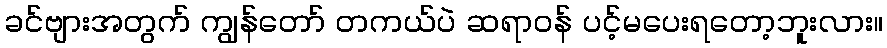
ခင်ဗျားအတွက် ကျွန်တော် တကယ်ပဲ ဆရာဝန် ပင့်မပေးရတော့ဘူးလား။